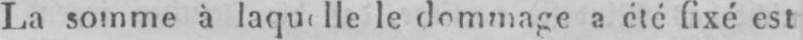
La somme à laquelle le dommage a été fixé est